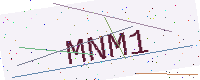
Text: MNM1